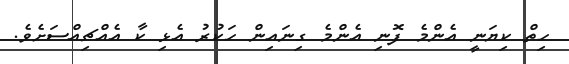
ހިތް ކިޔަނީ އެންމެ ފޮނި އެންމެ ގިނައިން ހަކުރު އެޅި ކާ އެއްޗިއްސަށެވެ.